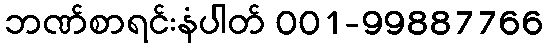
ဘဏ်စာရင်းနံပါတ် 001-99887766